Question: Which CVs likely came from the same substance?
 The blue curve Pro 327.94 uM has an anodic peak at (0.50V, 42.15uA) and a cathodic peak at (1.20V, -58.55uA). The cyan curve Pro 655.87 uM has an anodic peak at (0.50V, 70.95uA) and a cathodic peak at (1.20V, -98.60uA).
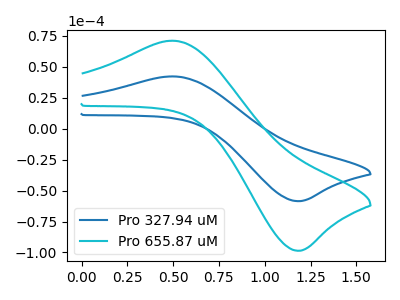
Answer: <think>All the peaks in "Pro 327.94 uM" have a peak in "Pro 655.87 uM" at the same potential. Every peak in "Pro 327.94 uM" is lower than every peak in "Pro 655.87 uM".
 </think>
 <answer>"Pro 655.87 uM" and "Pro 327.94 uM" have the same shape and are likely CV's of the same chemical.</answer>
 <eval>"Pro 655.87 uM" "Pro 327.94 uM"</eval>